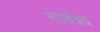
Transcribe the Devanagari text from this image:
सार्थक्य